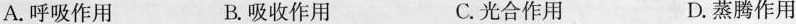
A.呼吸作用 B.吸收作用 C.光合作用 D.蒸腾作用